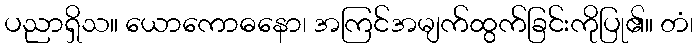
ပညာရှိသ။ ယောကောဓနော၊ အကြင်အမျက်ထွက်ခြင်းကိုပြု၏။ တံ၊